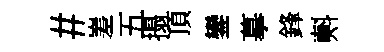
#嵳五搨頂鑾摹鋒㪺